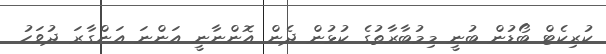
ކުރިކެޓް ބޯޑުން ބުނީ މިމުބާރާތުގެ ކުޅުން ދެން އޮންނާނީ އަންނަ އަންގާރަ ދުވަހު